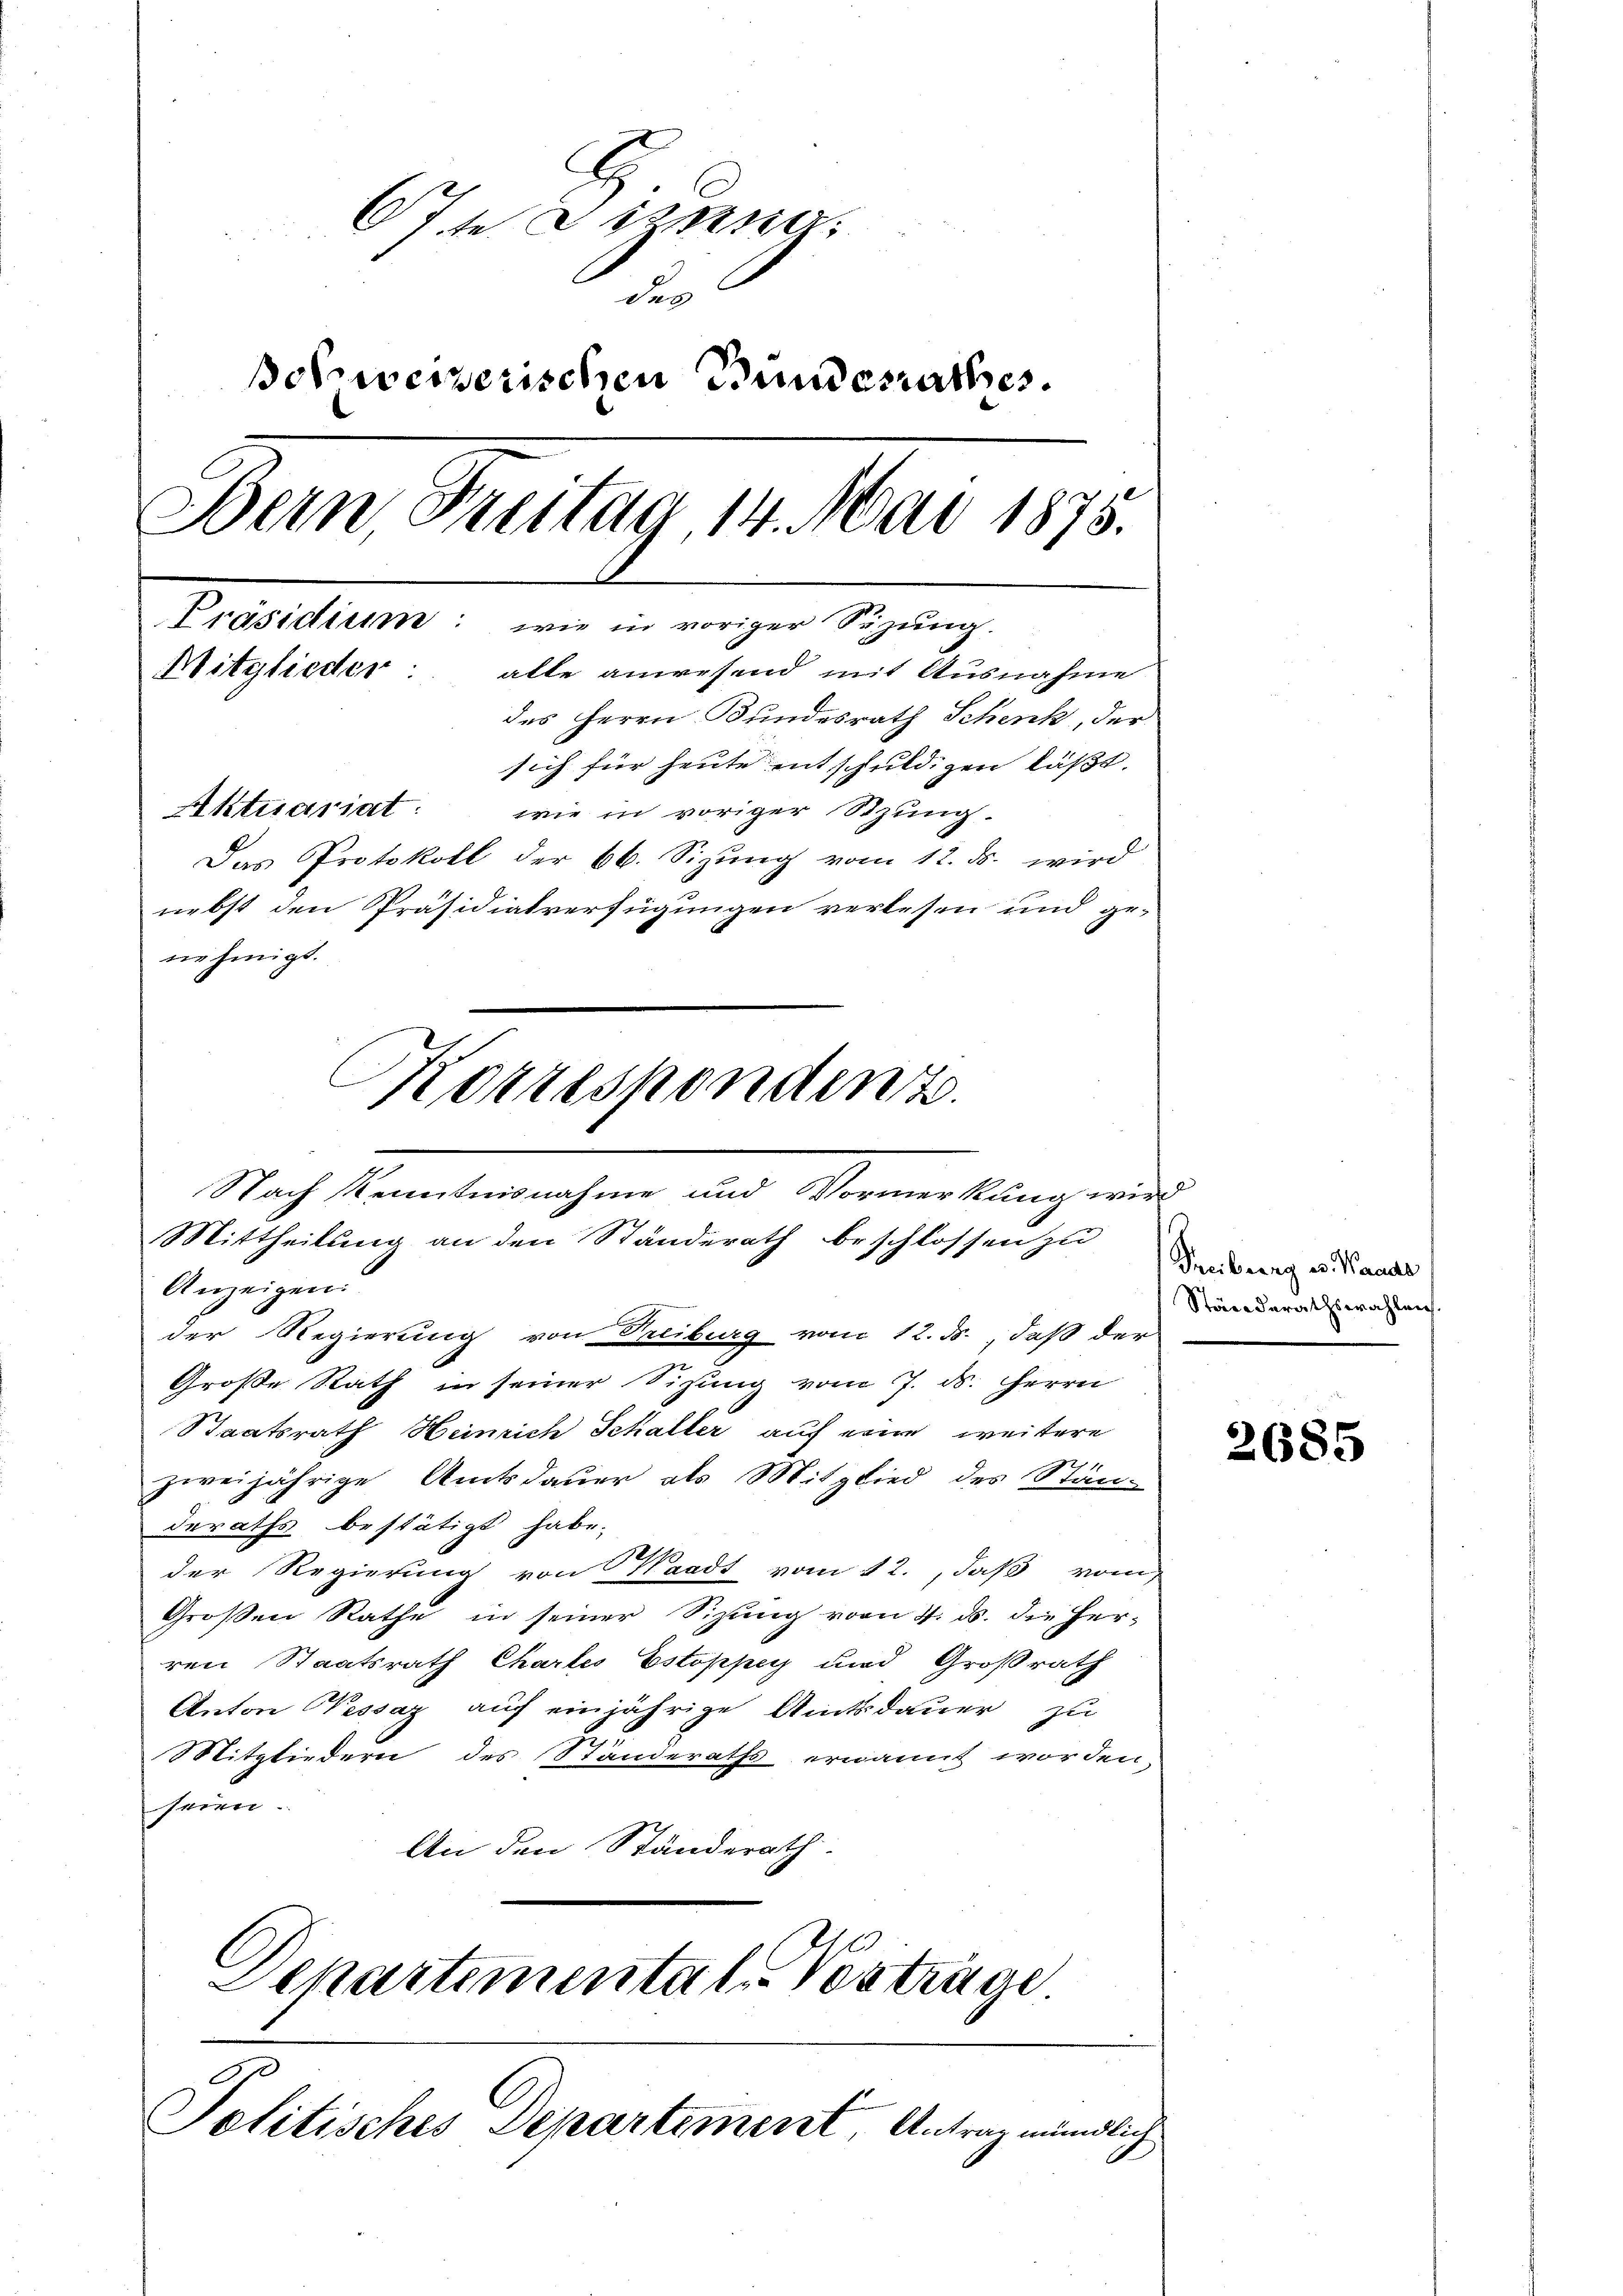
S.
Ofte Sonna
der
Bosweiserischen Bundesrathes.
Dein Dreitag 14. Mai 1875.
Präsidium: wie in voriger Suzung.
Witglieder:
alte anwesend mit Ausnahme
des Herrn Bundesrath Schenk, der
sich für heute entschuldigen läßt.
Aktuariat: wie in voriger Sitzung.
Das Protokoll der 66. Sizŭng vom 12. ds. wird
nebst den Präsidialverfügungen verlesen und genehmigt.

Korrespondenz.
Nach Kenntnisnahme und Vormerkung wird
Mittheilung an den Standerath beschlossen zu

Anzeigen:
der Regierung von Treiburg vom 12. ds., daß der
Große Rath in seiner Sitzung vom 7. ds. Herrn
Staatsrath Heinrich Schaller auf eine weitere
1211.
zweijährige Amtsdauer als Mitglied des Standeraths bestätigt habe.
der Regierung von Waadt vom 12., daß vom
Großen Rathe in seiner Sizung vom 4. ds. die Her-
ren Staatsrath Chartes Estoppey und Großrath
Anton Wessaz auf einjährige Amtsdauer zu
Mitgliedern des Ständeraths ernannt worden
seien.
An den Ständerath
Departemental-Vorträge

G
Solitisches Departement, Antrag mündlich

Treiburg v. Wande
Ständerathswahlen

2685

.